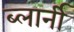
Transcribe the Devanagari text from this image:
ब्लार्नी